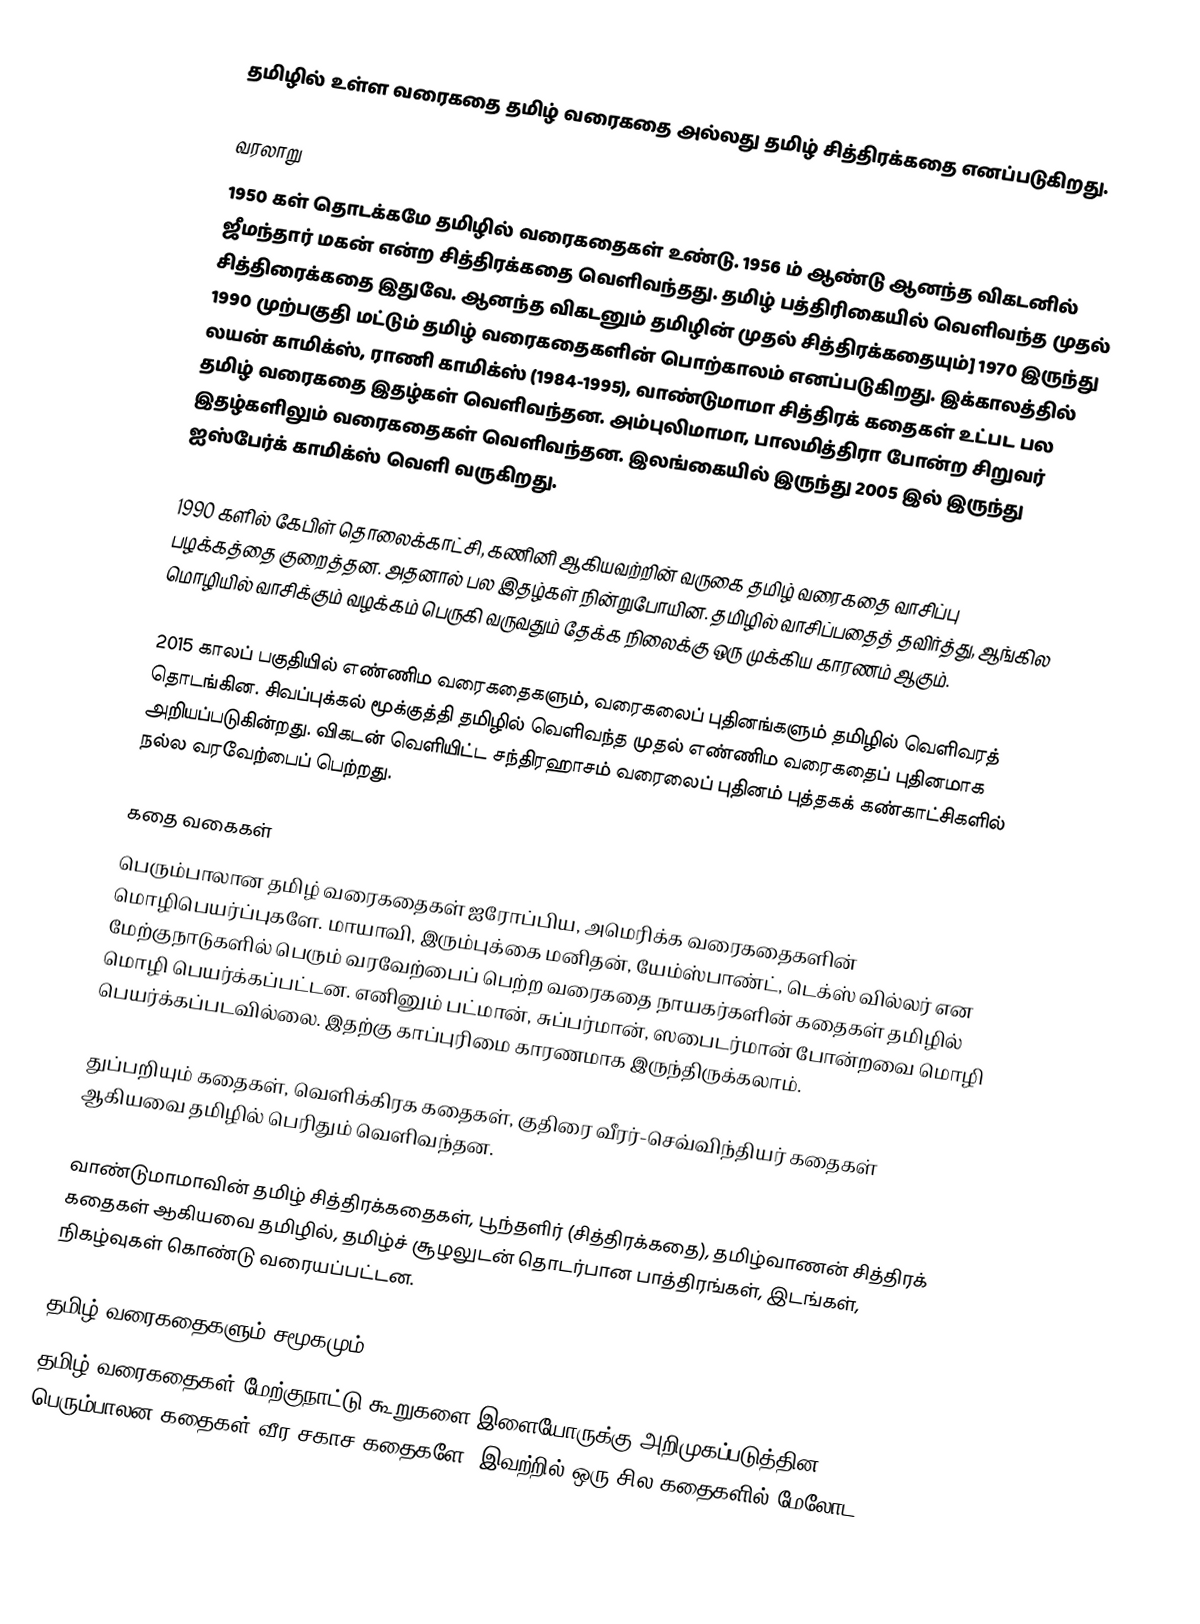
தமிழில் உள்ள வரைகதை தமிழ் வரைகதை அல்லது தமிழ் சித்திரக்கதை எனப்படுகிறது.

வரலாறு
1950 கள் தொடக்கமே தமிழில் வரைகதைகள் உண்டு. 1956 ம் ஆண்டு ஆனந்த விகடனில் ஜீமந்தார் மகன் என்ற சித்திரக்கதை வெளிவந்தது. தமிழ் பத்திரிகையில் வெளிவந்த முதல் சித்திரைக்கதை இதுவே. ஆனந்த விகடனும் தமிழின் முதல் சித்திரக்கதையும்] 1970 இருந்து 1990 முற்பகுதி மட்டும் தமிழ் வரைகதைகளின் பொற்காலம் எனப்படுகிறது. இக்காலத்தில் லயன் காமிக்ஸ், ராணி காமிக்ஸ் (1984-1995), வாண்டுமாமா சித்திரக் கதைகள் உட்பட பல தமிழ் வரைகதை இதழ்கள் வெளிவந்தன. அம்புலிமாமா, பாலமித்திரா போன்ற சிறுவர் இதழ்களிலும் வரைகதைகள் வெளிவந்தன. இலங்கையில் இருந்து 2005 இல் இருந்து ஐஸ்பேர்க் காமிக்ஸ் வெளி வருகிறது.

1990 களில் கேபிள் தொலைக்காட்சி, கணினி ஆகியவற்றின் வருகை தமிழ் வரைகதை வாசிப்பு பழக்கத்தை குறைத்தன. அதனால் பல இதழ்கள் நின்றுபோயின. தமிழில் வாசிப்பதைத் தவிர்த்து, ஆங்கில மொழியில் வாசிக்கும் வழக்கம் பெருகி வருவதும் தேக்க நிலைக்கு ஒரு முக்கிய காரணம் ஆகும்.

2015 காலப் பகுதியில் எண்ணிம வரைகதைகளும், வரைகலைப் புதினங்களும் தமிழில் வெளிவரத் தொடங்கின.  சிவப்புக்கல் மூக்குத்தி தமிழில் வெளிவந்த முதல் எண்ணிம வரைகதைப் புதினமாக அறியப்படுகின்றது.  விகடன் வெளியிட்ட சந்திரஹாசம் வரைலைப் புதினம் புத்தகக் கண்காட்சிகளில் நல்ல வரவேற்பைப் பெற்றது.

கதை வகைகள்
பெரும்பாலான தமிழ் வரைகதைகள் ஐரோப்பிய, அமெரிக்க வரைகதைகளின் மொழிபெயர்ப்புகளே. மாயாவி, இரும்புக்கை மனிதன், யேம்ஸ்பாண்ட், டெக்ஸ் வில்லர் என மேற்குநாடுகளில் பெரும் வரவேற்பைப் பெற்ற வரைகதை நாயகர்களின் கதைகள் தமிழில் மொழி பெயர்க்கப்பட்டன. எனினும் பட்மான், சுப்பர்மான், ஸபைடர்மான் போன்றவை மொழி பெயர்க்கப்படவில்லை. இதற்கு காப்புரிமை காரணமாக இருந்திருக்கலாம்.

துப்பறியும் கதைகள், வெளிக்கிரக கதைகள், குதிரை வீரர்-செவ்விந்தியர் கதைகள் ஆகியவை தமிழில் பெரிதும் வெளிவந்தன.

வாண்டுமாமாவின் தமிழ் சித்திரக்கதைகள், பூந்தளிர் (சித்திரக்கதை), தமிழ்வாணன் சித்திரக் கதைகள் ஆகியவை தமிழில், தமிழ்ச் சூழலுடன் தொடர்பான பாத்திரங்கள், இடங்கள், நிகழ்வுகள் கொண்டு வரையப்பட்டன.

தமிழ் வரைகதைகளும் சமூகமும்
தமிழ் வரைகதைகள் மேற்குநாட்டு கூறுகளை இளையோருக்கு அறிமுகப்படுத்தின. பெரும்பாலன கதைகள் வீர சகாச கதைகளே. இவற்றில் ஒரு சில கதைகளில் மேலோட